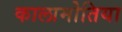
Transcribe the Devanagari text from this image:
कालामोतिया